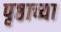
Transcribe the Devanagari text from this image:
पृष्ठाच्या